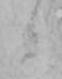
日